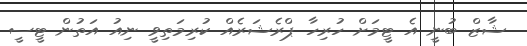
ޝާޒް ބުނީ އެ ޓީމަށް ހުރިހާ ޕްރެޝަރެއް ކުރިމަތިވީ ނިއު އަތުން ޓީސީ